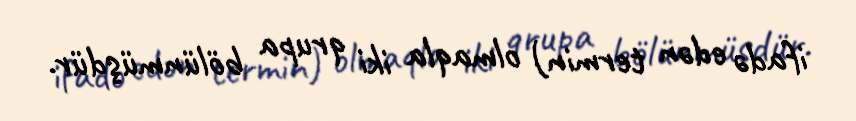
ifadə edən termin) olmaqla iki qrupa bölünmüşdür.